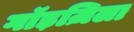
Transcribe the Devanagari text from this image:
गॉड़ज़िला